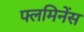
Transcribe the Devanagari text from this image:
फ्लमिनेंस